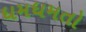
ધમધમતો